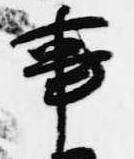
事